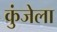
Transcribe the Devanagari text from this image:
कुंजेला